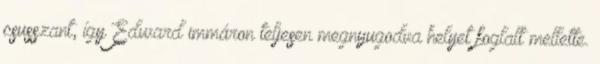
csusszant, így Edward immáron teljesen megnyugodva helyet foglalt mellette.